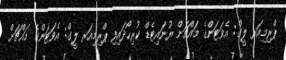
ޕްރިމިއަރ ލީގް: އެވަޓަންގެ މައްޗަށް ޔުނައިޓެޑް ކުރިހޯދައިފި ޕްރިމިއަރ ލީގް: އެވަޓަންގެ މައްޗަށް